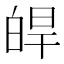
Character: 皔